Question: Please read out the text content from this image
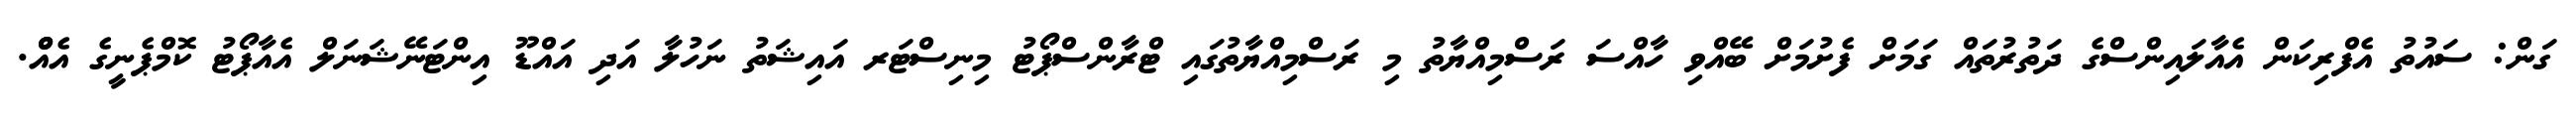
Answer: ގަން: ސައުތު އެފްރިކަން އެއާލައިންސްގެ ދަތުރުތައް ގަމަށް ފެށުމަށް ބޭއްވި ހާއްސަ ރަސްމިއްޔާތު މި ރަސްމިއްޔާތުގައި ޓްރާންސްޕޯޓު މިނިސްޓަރ އައިޝަތު ނަހުލާ އަދި އައްޑޫ އިންޓަނޭޝަނަލް އެއާޕޯޓު ކޮމްޕެނީގެ އެއްް.